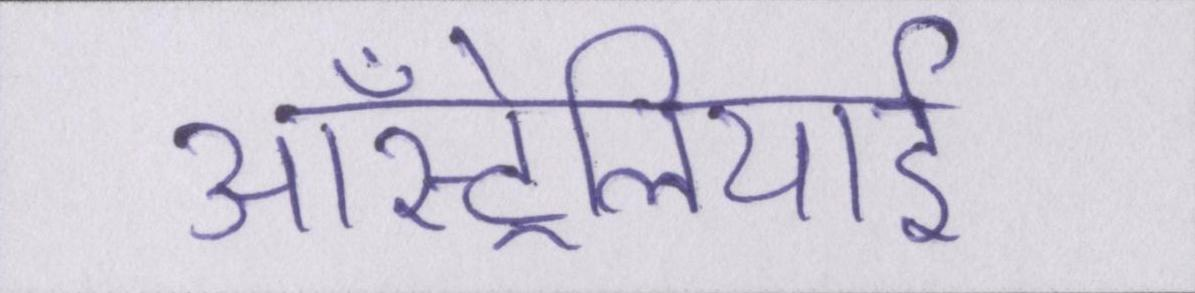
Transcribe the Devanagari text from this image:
ऑस्ट्रेलियाई